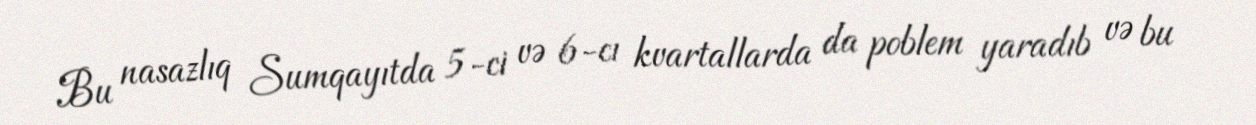
Bu nasazlıq Sumqayıtda 5-ci və 6-cı kvartallarda da poblem yaradıb və bu